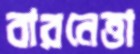
বারনেত্তা